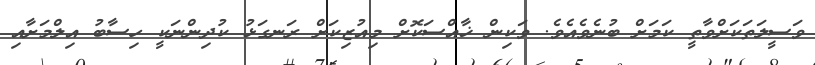
ވަސީލަތަކަށްވާތީ ކަމަށް ބުނެވެއެވެ. ވަކިން ޚާއްސަކޮށް މިއުޒިކަށް ރަނގަޅު ކުދިންނަކީ ހިސާބު އިލްމަށާއި